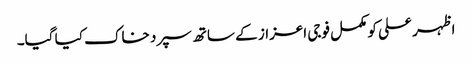
اظہر علی کو مکمل فوجی اعزاز کے ساتھ سپرد خاک کیا گیا۔